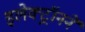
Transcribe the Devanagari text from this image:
इलेक्ट्रॉनने